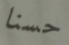
حسنا